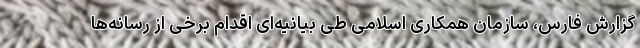
گزارش فارس، سازمان همکاری اسلامی طی بیانیه‌ای اقدام برخی از رسانه‌ها